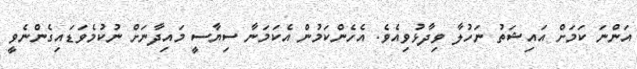
އަންނަ ކަމަށް އައިޝަތު ނަހުލާ ވިދާޅުވިއެވެ. އެހެންކަމުން އެކަމަނާ ސިޔާސީ މައިދާނަށް ނުކުމެވަޑައިގެންނެވީ